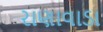
રાણાવાડા